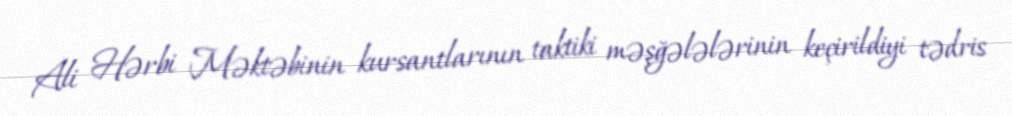
Ali Hərbi Məktəbinin kursantlarının taktiki məşğələlərinin keçirildiyi tədris